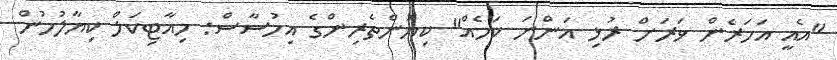
"އެއީ އަހަރެން ވަރަށް ރުޅި އަންނަ ކަމެއް" ކިޔުންތެރިންގެ އިހުސާސް: މިއާޓިކަލް ކިޔާލުމުން